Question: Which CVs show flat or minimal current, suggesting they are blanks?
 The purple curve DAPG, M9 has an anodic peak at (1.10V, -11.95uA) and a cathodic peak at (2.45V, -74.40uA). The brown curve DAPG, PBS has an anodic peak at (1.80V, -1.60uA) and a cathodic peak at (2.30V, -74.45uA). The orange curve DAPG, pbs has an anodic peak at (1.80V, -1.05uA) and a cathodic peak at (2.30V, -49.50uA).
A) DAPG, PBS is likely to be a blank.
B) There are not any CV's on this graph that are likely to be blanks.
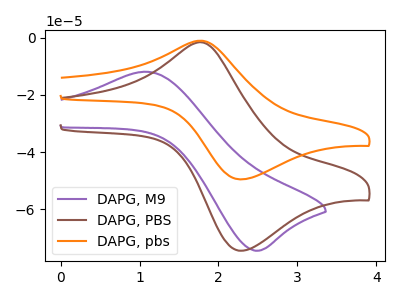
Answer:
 <answer>B) There are not any CV's on this graph that are likely to be blanks.</answer>
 <eval>B</eval>